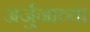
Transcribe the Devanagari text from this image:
अर्जुनाव्या